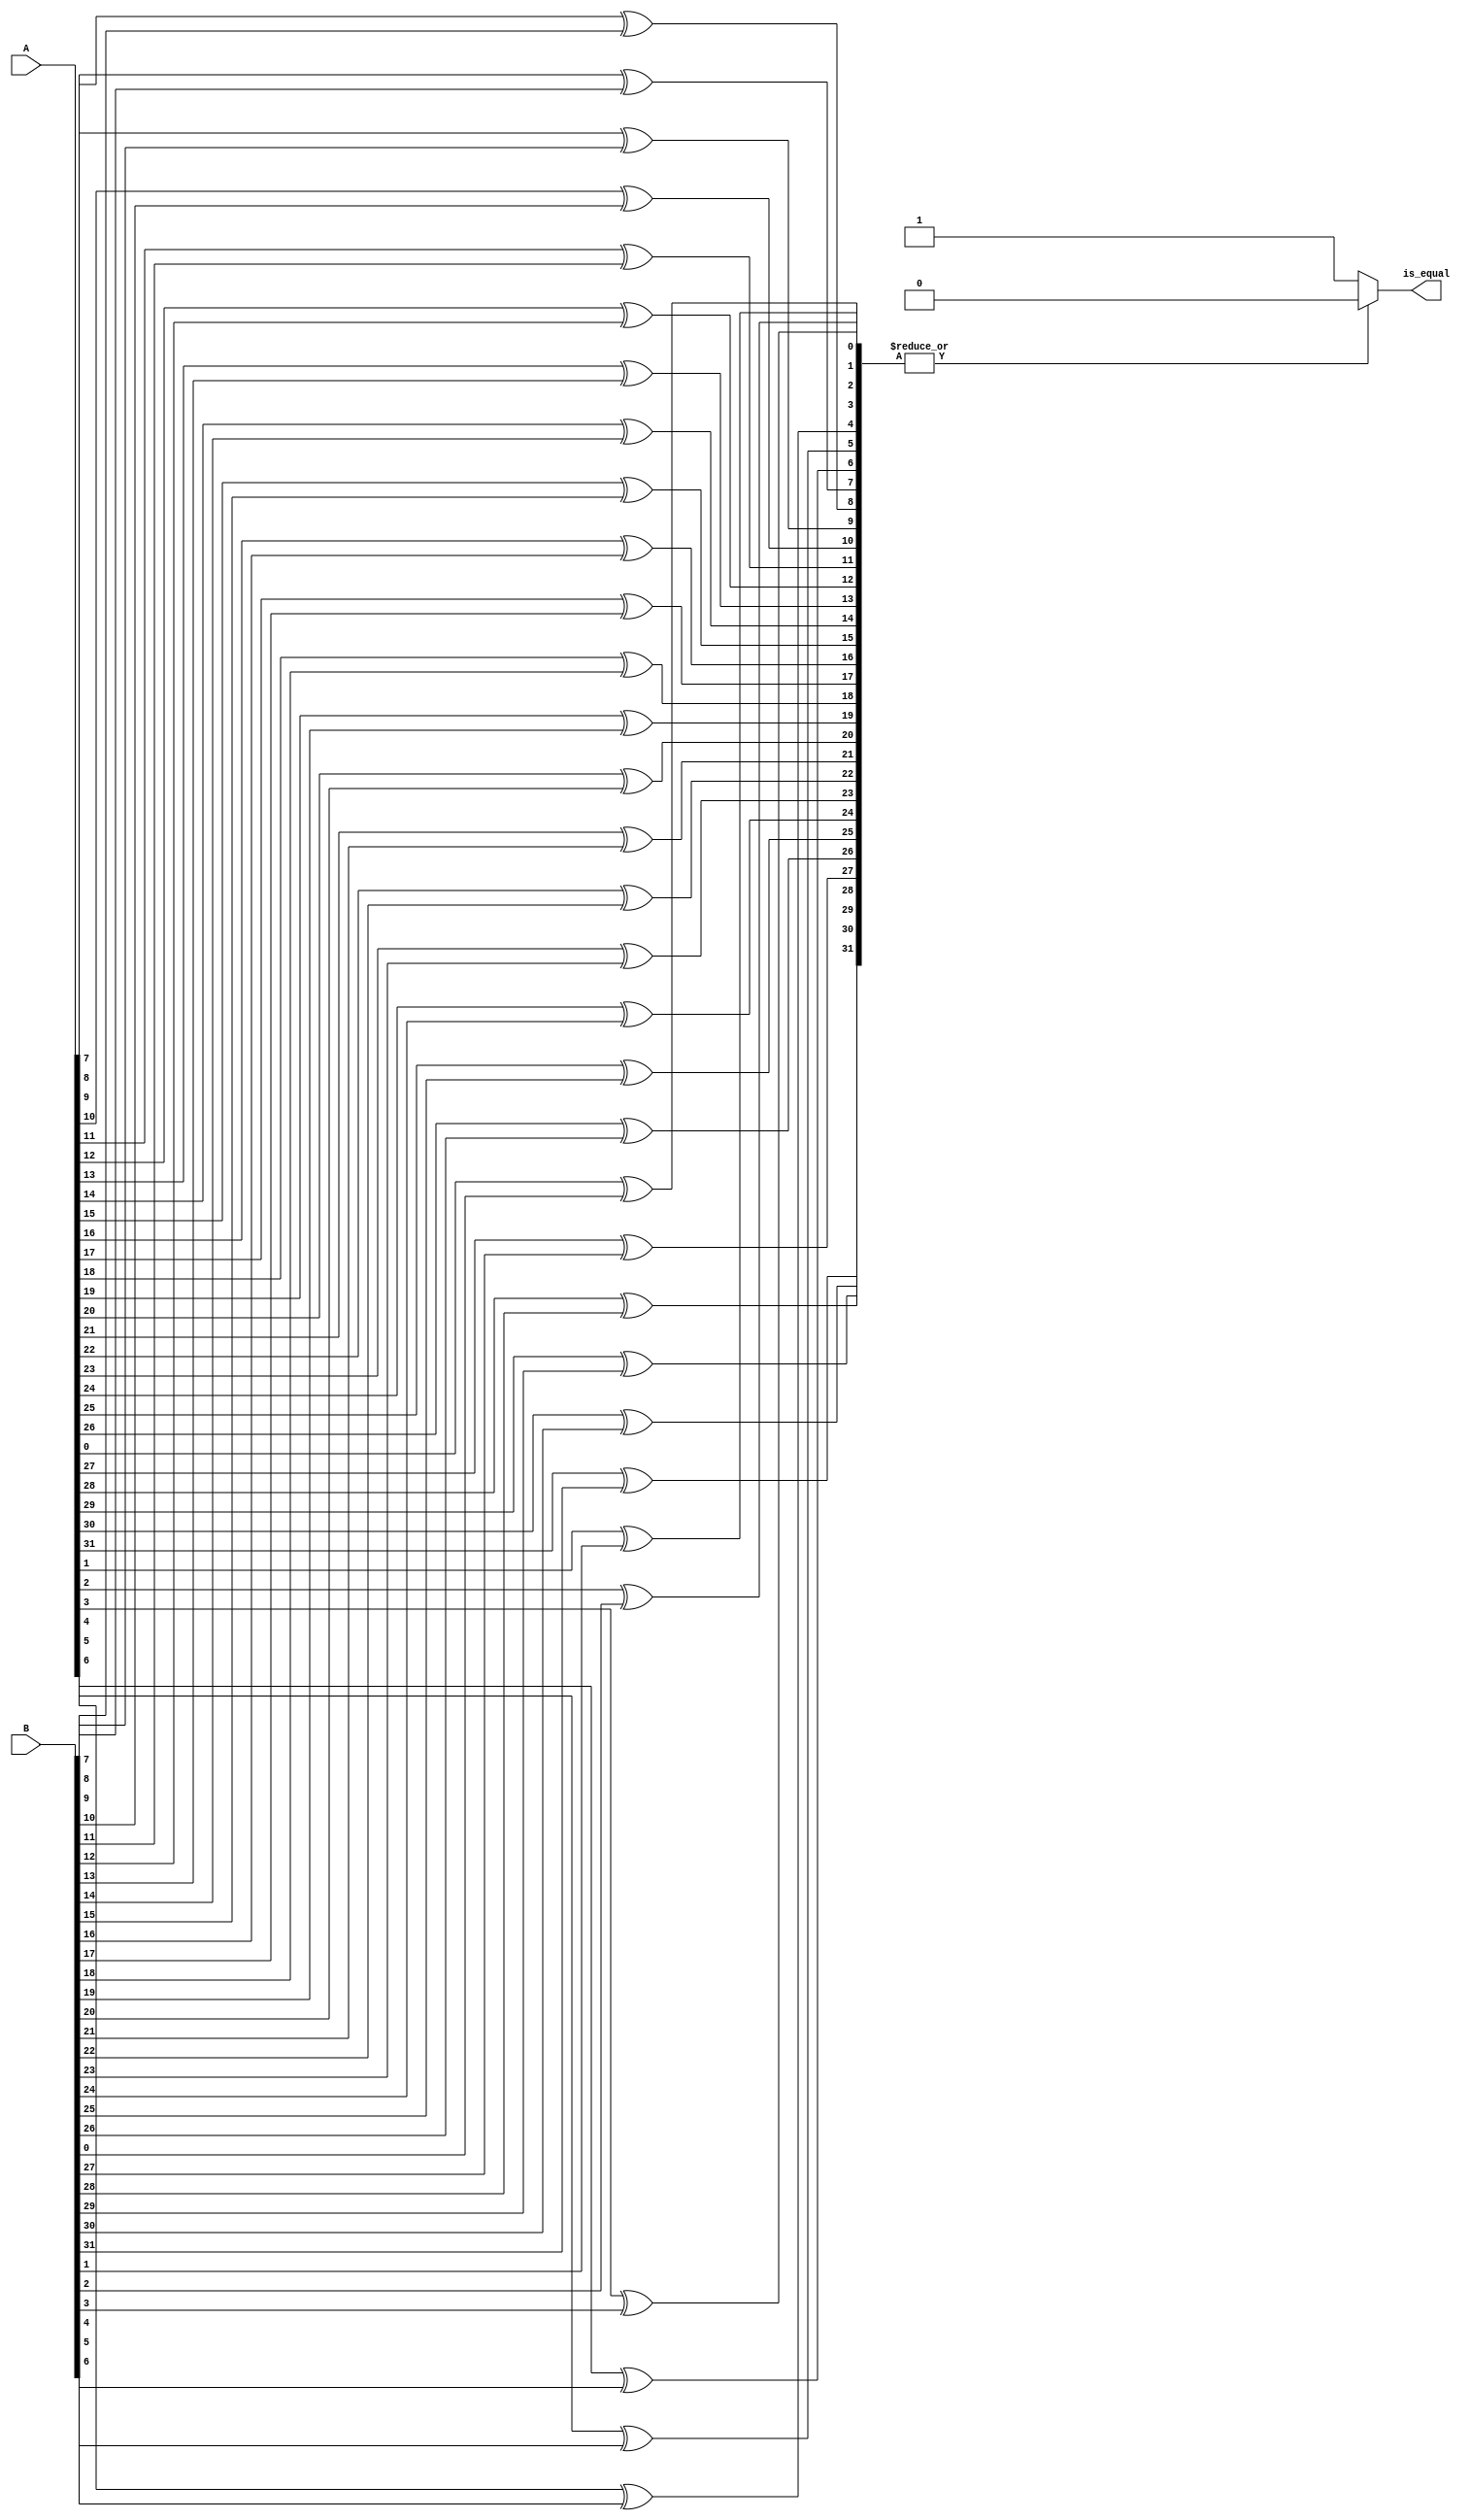
module check_equal(A, B, is_equal);
    input [31:0] A, B;
    output is_equal;

    wire [31:0] equal_bits;

    // Compare each bit using XOR gates
    genvar i;
    generate
        for (i = 0; i < 32; i = i + 1) begin
            assign equal_bits[i] = A[i] ^ B[i];
        end
    endgenerate

    assign is_equal = (|equal_bits) ? 1'b0 : 1'b1; // Equal if all bits are 0
    
endmodule